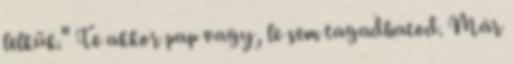
lelkük." Te akkor pap vagy, le sem tagadhatod. Már